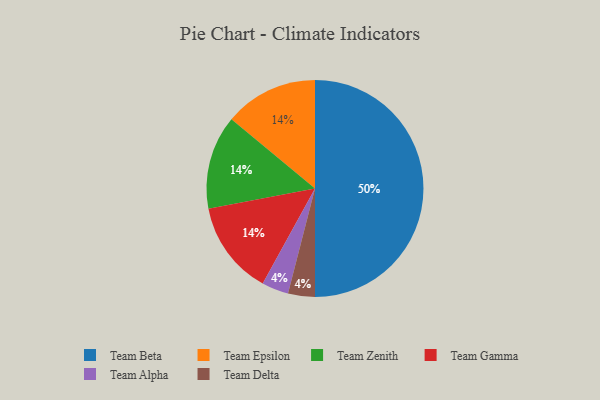
{"axis": {"x": "Category", "y": "Percentage"}, "legend": ["Team Alpha", "Team Beta", "Team Delta", "Team Epsilon", "Team Gamma", "Team Zenith"], "data": [{"x": "Team Epsilon", "y": 14, "type": "Team Epsilon"}, {"x": "Team Zenith", "y": 14, "type": "Team Zenith"}, {"x": "Team Beta", "y": 50, "type": "Team Beta"}, {"x": "Team Alpha", "y": 4, "type": "Team Alpha"}, {"x": "Team Gamma", "y": 14, "type": "Team Gamma"}, {"x": "Team Delta", "y": 4, "type": "Team Delta"}]}